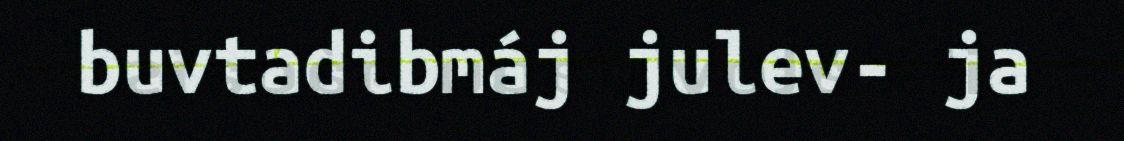
buvtadibmáj julev- ja